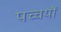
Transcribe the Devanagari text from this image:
पच्चयों